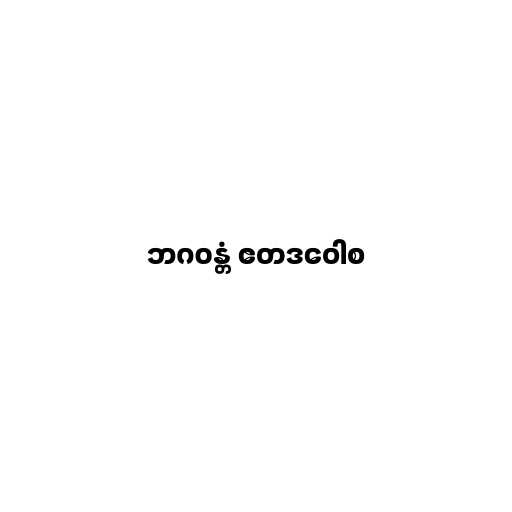
ဘဂဝန္တံ ဧတဒဝေါစ